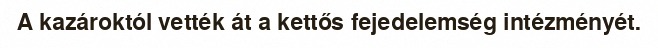
A kazároktól vették át a kettős fejedelemség intézményét.